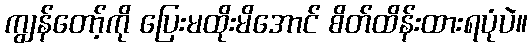
ကျွန်တော့်ကို ပြေးမထိုးမိအောင် စိတ်ထိန်းထားရပုံပဲ။